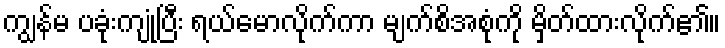
ကျွန်မ ပခုံးကျုံ့ပြီး ရယ်မောလိုက်ကာ မျက်စိအစုံကို မှိတ်ထားလိုက်၏။